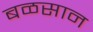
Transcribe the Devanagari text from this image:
बळसान